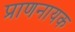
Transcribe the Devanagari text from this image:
प्राणनायक